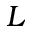
L